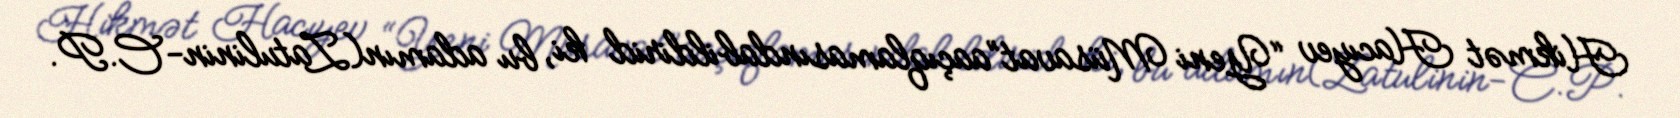
Hikmət Hacıyev “Yeni Müsavat”aaçıqlamasındabildirid ki, bu adamın(Zatulinin-C.P.